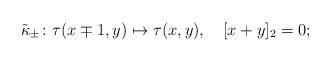
LaTeX: \begin{align*}\tilde\kappa_\pm\colon\tau(x\mp1,y)\mapsto \tau(x,y),\quad [x+y]_2=0;\end{align*}